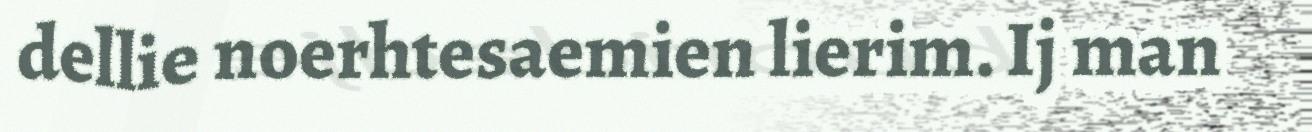
dellie noerhtesaemien lierim. Ij man